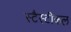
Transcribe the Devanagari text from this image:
स्टैस्टीकल